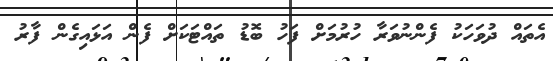
އެތައް ދުވަހަކު ފެންނުވަރާ ހުރުމަށް ފަހު ބޮޑު ތައްޓަކަށް ފެން އަޅައިގެން ފާރު